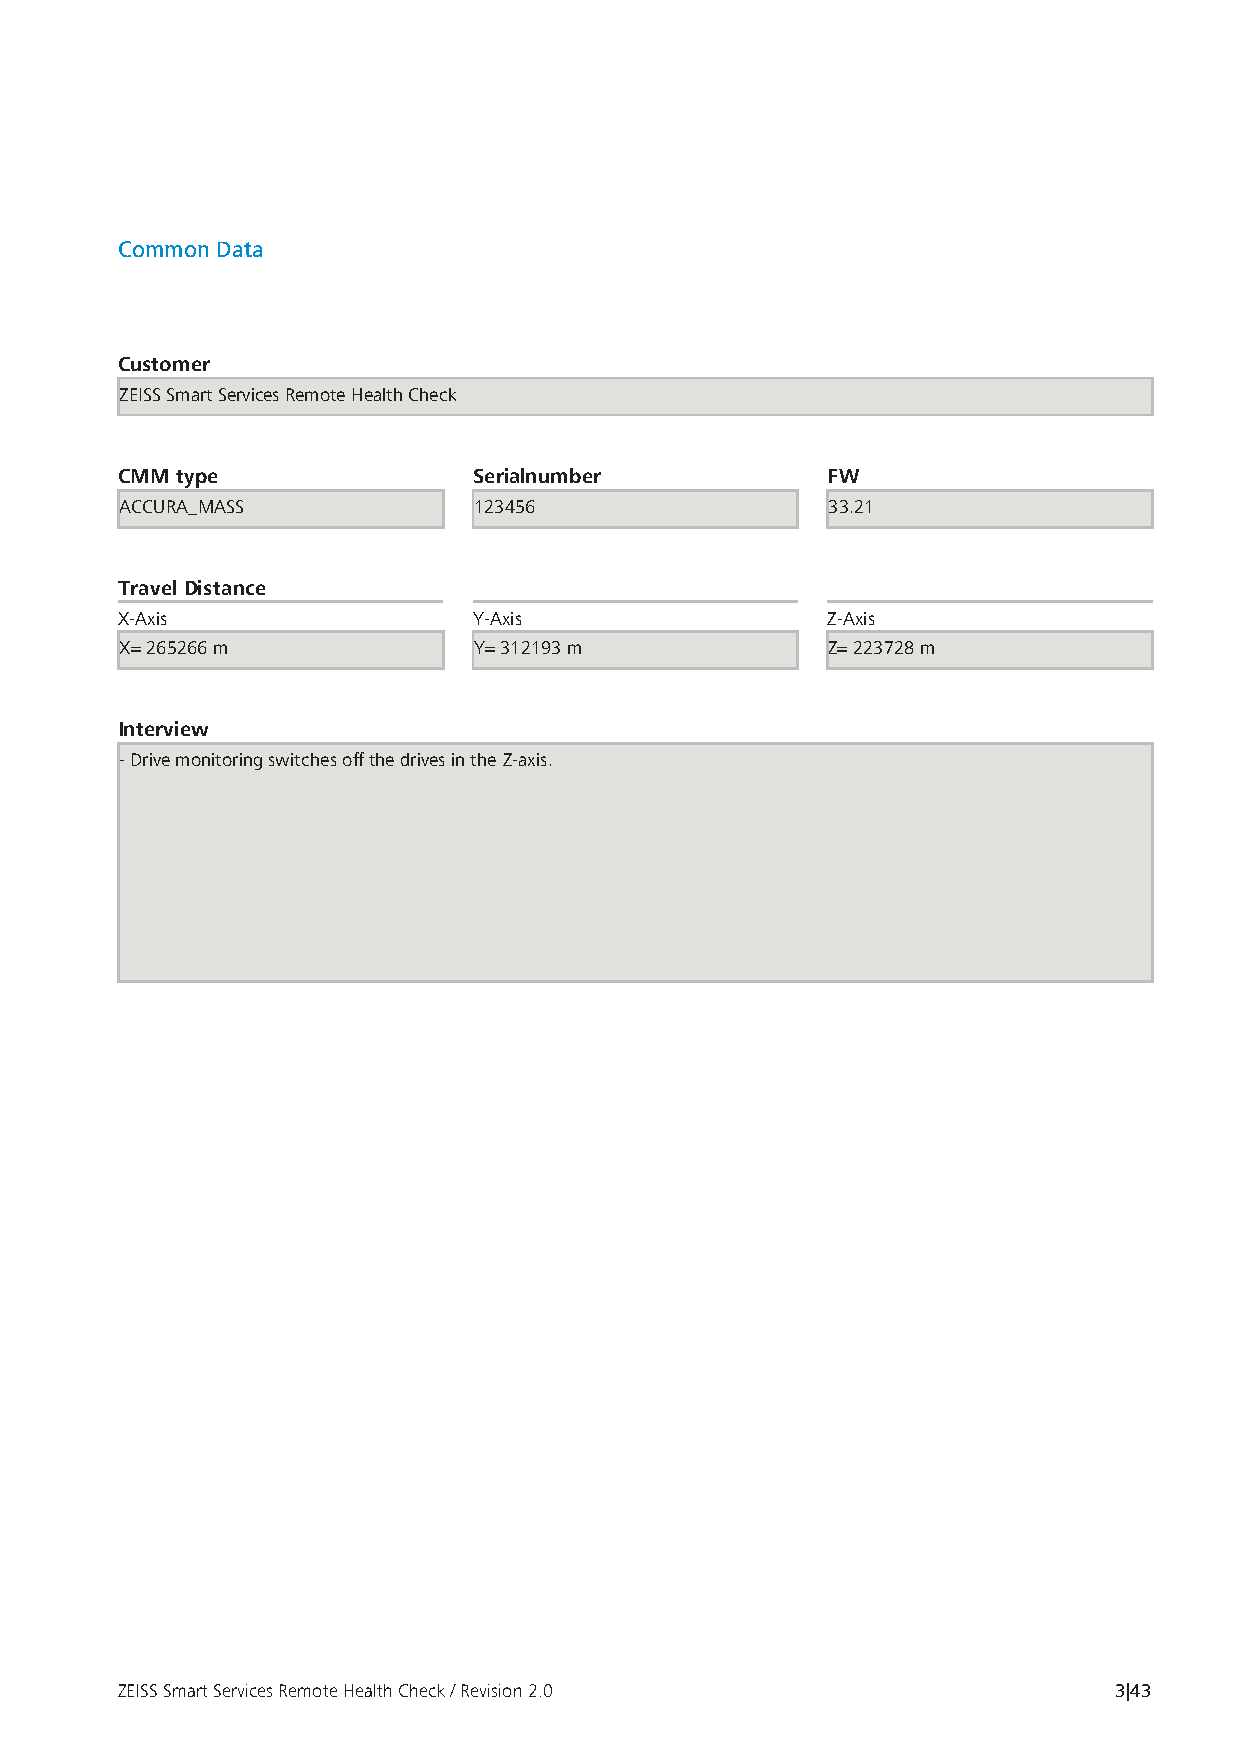
Common Data
 Customer
 ZEISS Smart Services Remote Health Check
 CMM type               Serialnumber            FW
 ACCURA_MASS            123456                  33.21
 Travel Distance
 X-Axis                 Y-Axis                  Z-Axis
 X= 265266 m            Y= 312193 m             Z= 223728 m
 Interview
 - Drive monitoring switches off the drives in the Z-axis.
 ZEISS Smart Services Remote Health Check / Revision 2.0           3|43